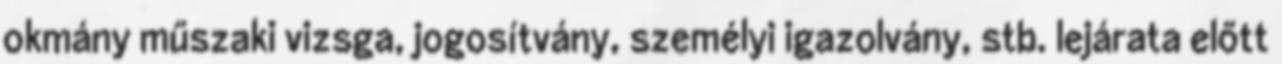
okmány műszaki vizsga, jogosítvány, személyi igazolvány, stb. lejárata előtt